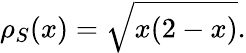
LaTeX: \rho_{S}(x)={\sqrt{x(2-x)}}.